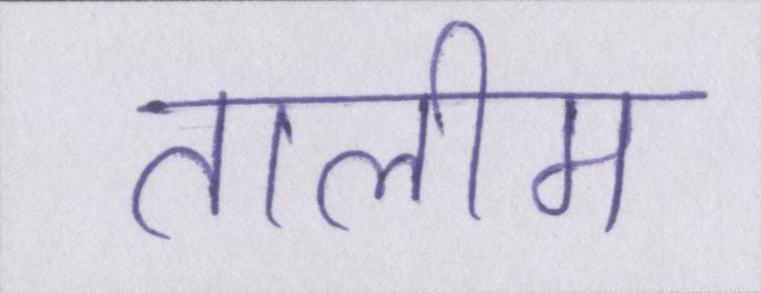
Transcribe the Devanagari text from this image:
तालीम